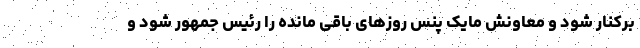
برکنار شود و معاونش مایک پنس روزهای باقی مانده را رئیس جمهور شود و